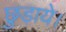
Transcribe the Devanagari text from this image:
छुड़ाये।